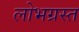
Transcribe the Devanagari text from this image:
लोभग्रस्त